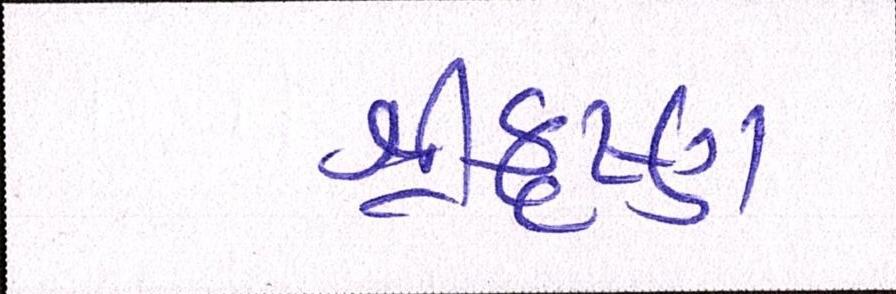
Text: શ્રીકૃષ્ણ